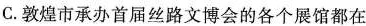
C.敦煌市承办首届丝路文博会的各个展馆都在